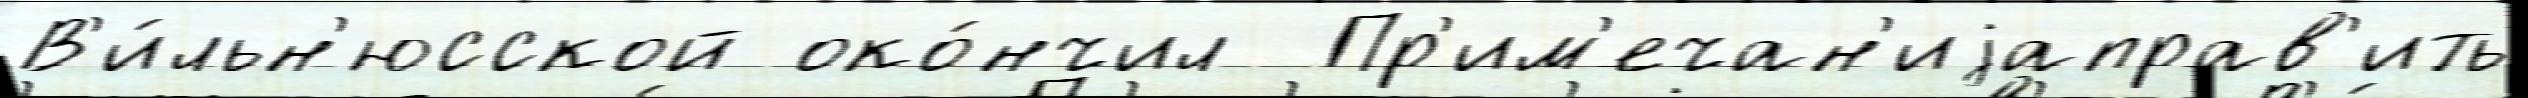
В'и́льн'юсской око́нчил  Пр'им'ечан'иjаправ'ить